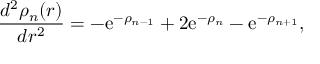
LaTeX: \frac { d ^ { 2 } \rho _ { n } ( r ) } { d r ^ { 2 } } = - \mathrm { e } ^ { - \rho _ { n - 1 } } + 2 \mathrm { e } ^ { - \rho _ { n } } - \mathrm { e } ^ { - \rho _ { n + 1 } } ,